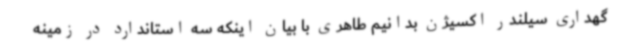
گهداری سیلندر اکسیژن بدانیم طاهری با بیان اینکه سه استاندارد در زمینه